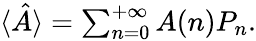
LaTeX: \begin{array}{r}{\langle\hat{A}\rangle=\sum_{n=0}^{+\infty}A(n)P_{n}.}\end{array}